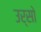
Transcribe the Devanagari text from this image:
उर्सो